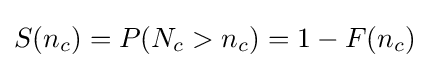
S(n_{c})=P(N_{c}>n_{c})=1-F(n_{c})